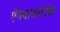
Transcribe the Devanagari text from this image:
ऍनवायरोटेक